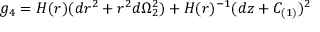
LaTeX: g _ { 4 } = H ( r ) ( d r ^ { 2 } + r ^ { 2 } d \Omega _ { 2 } ^ { 2 } ) + H ( r ) ^ { - 1 } ( d z + C _ { ( 1 ) } ) ^ { 2 }